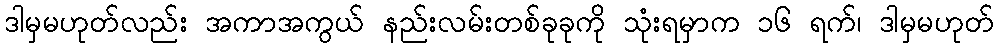
ဒါမှမဟုတ်လည်း အကာအကွယ် နည်းလမ်းတစ်ခုခုကို သုံးရမှာက ၁၆ ရက်၊ ဒါမှမဟုတ်